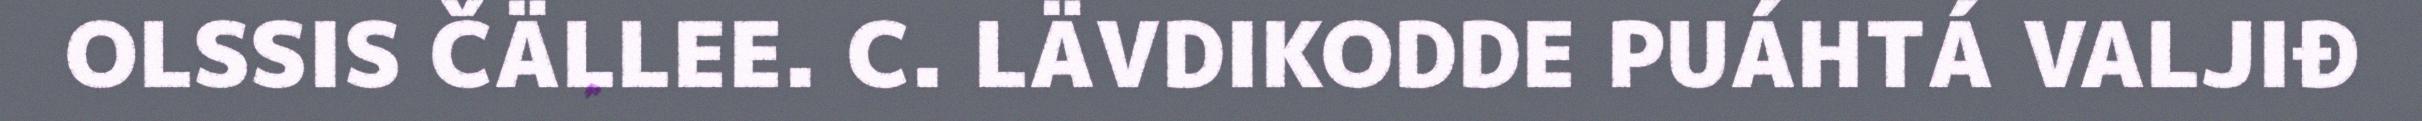
OLSSIS ČÄLLEE. C. LÄVDIKODDE PUÁHTÁ VALJIĐ